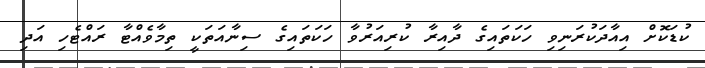
ކުޑަކޮށް އިއާދަކުރަނިވި ހަކަތައިގެ ދާއިރާ ކުރިއަރުވާ ހަކަތައިގެ ސިނާއަތަކީ ތިމާވެއްޓާ ރައްޓެހި އަދި